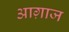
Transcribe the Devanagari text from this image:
आग़ाज